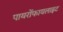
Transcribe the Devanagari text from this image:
पायरोंफायलाइट